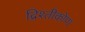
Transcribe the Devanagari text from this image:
द्रिश्तीकोण